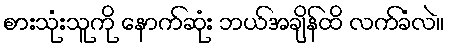
စားသုံးသူကို နောက်ဆုံး ဘယ်အချိန်ထိ လက်ခံလဲ။